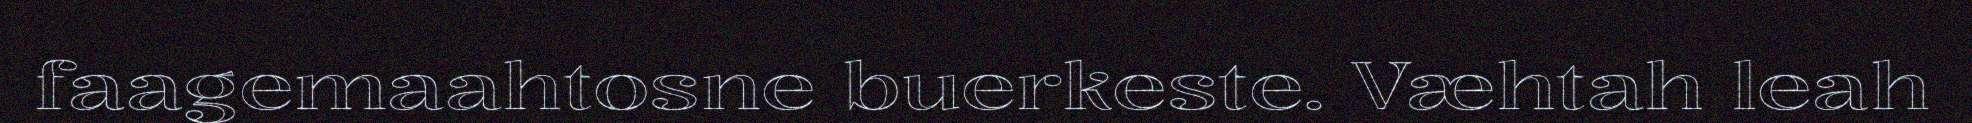
faagemaahtosne buerkeste. Væhtah leah